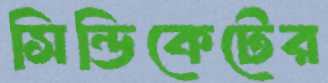
সিন্ডিকেটের